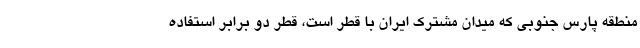
منطقه پارس جنوبی که میدان مشترک ایران با قطر است، قطر دو برابر استفاده